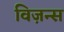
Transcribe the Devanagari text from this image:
विज़न्स